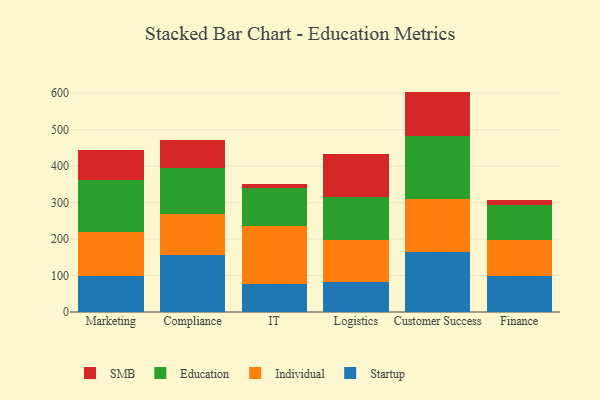
{"axis": {"x": "Department", "y": "Headcount"}, "legend": ["Education", "Individual", "SMB", "Startup"], "data": [{"x": "Marketing", "y": 97.5, "type": "Startup"}, {"x": "Marketing", "y": 122.7, "type": "Individual"}, {"x": "Marketing", "y": 141.5, "type": "Education"}, {"x": "Marketing", "y": 82.4, "type": "SMB"}, {"x": "Compliance", "y": 155.8, "type": "Startup"}, {"x": "Compliance", "y": 111.6, "type": "Individual"}, {"x": "Compliance", "y": 126.2, "type": "Education"}, {"x": "Compliance", "y": 79.1, "type": "SMB"}, {"x": "IT", "y": 77.8, "type": "Startup"}, {"x": "IT", "y": 158.5, "type": "Individual"}, {"x": "IT", "y": 104.4, "type": "Education"}, {"x": "IT", "y": 11.6, "type": "SMB"}, {"x": "Logistics", "y": 81.0, "type": "Startup"}, {"x": "Logistics", "y": 116.1, "type": "Individual"}, {"x": "Logistics", "y": 118.1, "type": "Education"}, {"x": "Logistics", "y": 119.1, "type": "SMB"}, {"x": "Customer Success", "y": 164.1, "type": "Startup"}, {"x": "Customer Success", "y": 145.6, "type": "Individual"}, {"x": "Customer Success", "y": 172.9, "type": "Education"}, {"x": "Customer Success", "y": 121.8, "type": "SMB"}, {"x": "Finance", "y": 99.9, "type": "Startup"}, {"x": "Finance", "y": 97.9, "type": "Individual"}, {"x": "Finance", "y": 95.4, "type": "Education"}, {"x": "Finance", "y": 13.5, "type": "SMB"}]}